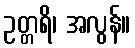
ဥတ္တရိ၊ အလွန်။